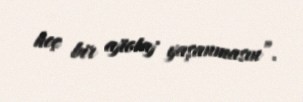
heç bir ajiotaj yaşanmasın”.